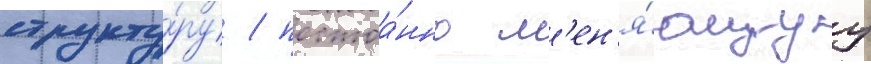
структу́ру / постоа́нно м'ен'я́ющуу